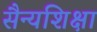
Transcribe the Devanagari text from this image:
सैन्यशिक्षा